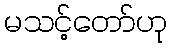
မသင့်တော်ဟု